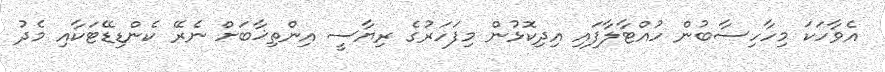
އެވާހަކަ މިހާހިސާބުން ހުއްޓާލާފައި އިދިކޮޅުން މިފަހަރުގެ ރިޔާސީ އިންތިޚާބަށް ނެރޭ ކެންޑިޑޭޓަކާއި މެދު